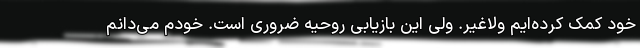
خود کمک کرده‌ایم ولاغیر. ولی این بازیابی روحیه ضروری است. خودم می‌دانم